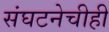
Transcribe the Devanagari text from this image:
संघटनेचीही